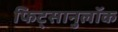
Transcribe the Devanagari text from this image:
फिट्सानुलॉक